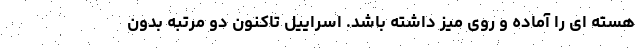
هسته ای را آماده و روی میز داشته باشد. اسراییل تاکنون دو مرتبه بدون